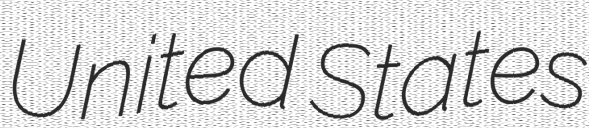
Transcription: United States